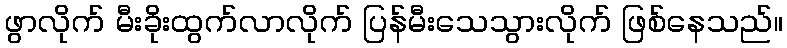
ဖွာလိုက် မီးခိုးထွက်လာလိုက် ပြန်မီးသေသွားလိုက် ဖြစ်နေသည်။